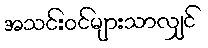
အသင်းဝင်များသာလျှင်